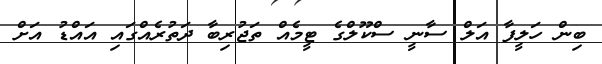
ބިން ހަލީފާ އަލް ސާނީ ސްކޫލްގެ ޓީމެއް ތަޖުރިބާ ދަތުރެއްގައި އައްޑު އަށް